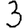
Digit: 3